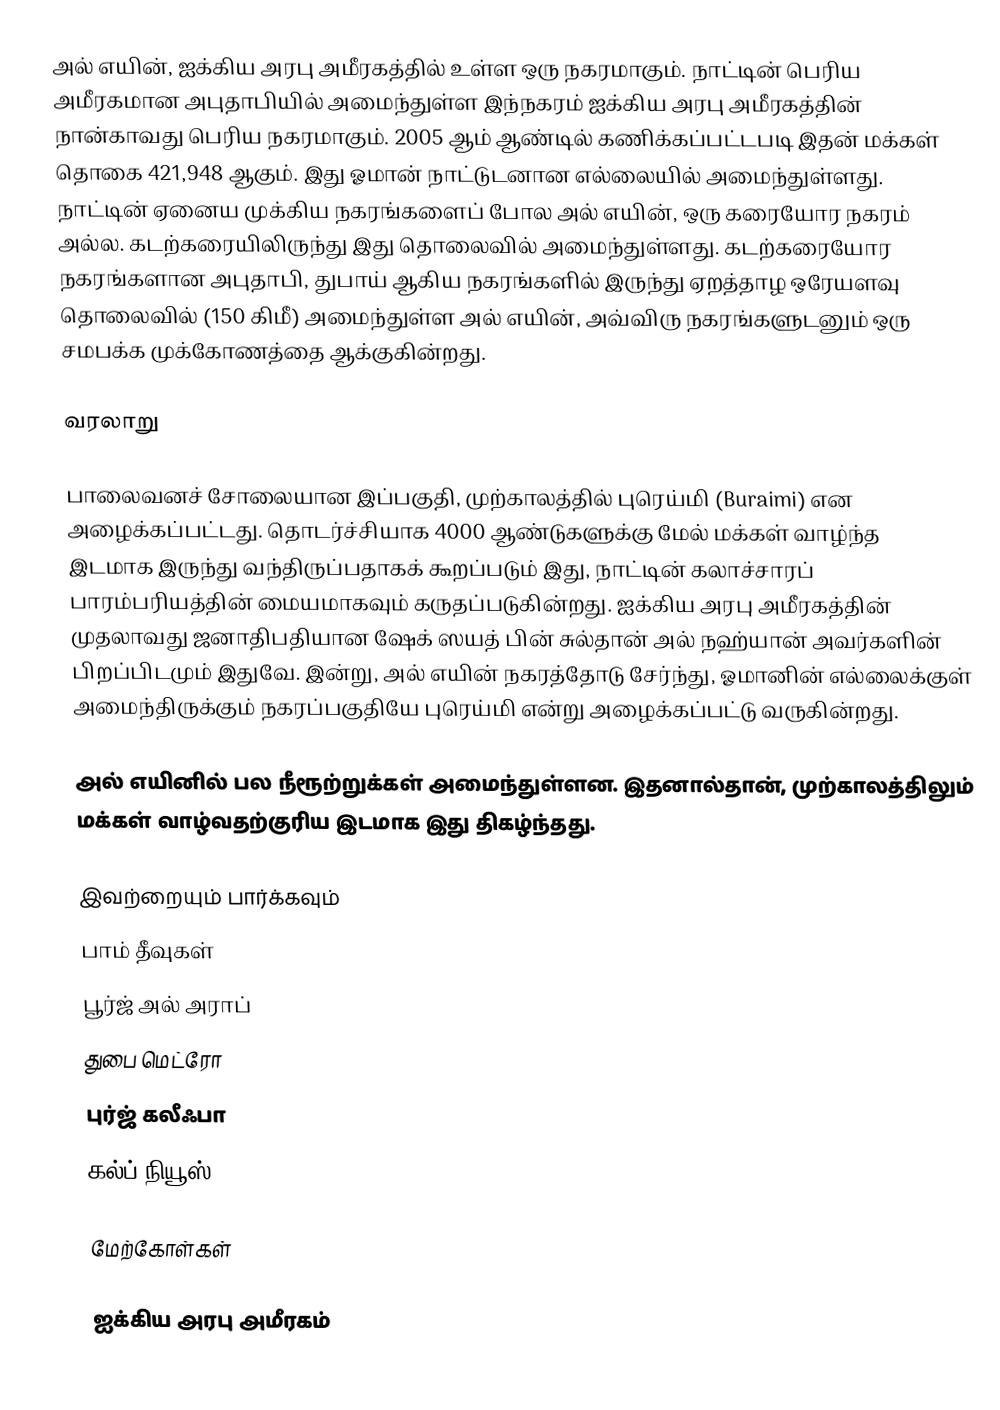
அல் எயின், ஐக்கிய அரபு அமீரகத்தில் உள்ள ஒரு நகரமாகும். நாட்டின் பெரிய அமீரகமான அபுதாபியில் அமைந்துள்ள இந்நகரம் ஐக்கிய அரபு அமீரகத்தின் நான்காவது பெரிய நகரமாகும். 2005 ஆம் ஆண்டில் கணிக்கப்பட்டபடி இதன் மக்கள் தொகை 421,948 ஆகும். இது ஓமான் நாட்டுடனான எல்லையில் அமைந்துள்ளது. நாட்டின் ஏனைய முக்கிய நகரங்களைப் போல அல் எயின், ஒரு கரையோர நகரம் அல்ல. கடற்கரையிலிருந்து இது தொலைவில் அமைந்துள்ளது. கடற்கரையோர நகரங்களான அபுதாபி, துபாய் ஆகிய நகரங்களில் இருந்து ஏறத்தாழ ஒரேயளவு தொலைவில் (150 கிமீ) அமைந்துள்ள அல் எயின், அவ்விரு நகரங்களுடனும் ஒரு சமபக்க முக்கோணத்தை ஆக்குகின்றது.

வரலாறு

பாலைவனச் சோலையான இப்பகுதி, முற்காலத்தில் புரெய்மி (Buraimi) என அழைக்கப்பட்டது.  தொடர்ச்சியாக 4000 ஆண்டுகளுக்கு மேல் மக்கள் வாழ்ந்த இடமாக இருந்து வந்திருப்பதாகக் கூறப்படும் இது, நாட்டின் கலாச்சாரப் பாரம்பரியத்தின் மையமாகவும் கருதப்படுகின்றது. ஐக்கிய அரபு அமீரகத்தின் முதலாவது ஜனாதிபதியான ஷேக் ஸயத் பின் சுல்தான் அல் நஹ்யான் அவர்களின் பிறப்பிடமும் இதுவே. இன்று, அல் எயின் நகரத்தோடு சேர்ந்து, ஓமானின் எல்லைக்குள் அமைந்திருக்கும் நகரப்பகுதியே புரெய்மி என்று அழைக்கப்பட்டு வருகின்றது.

அல் எயினில் பல நீரூற்றுக்கள் அமைந்துள்ளன. இதனால்தான், முற்காலத்திலும் மக்கள் வாழ்வதற்குரிய இடமாக இது திகழ்ந்தது.

இவற்றையும் பார்க்கவும்
 பாம் தீவுகள்
 பூர்ஜ் அல் அராப்
 துபை மெட்ரோ
 புர்ஜ் கலீஃபா
 கல்ப் நியூஸ்

மேற்கோள்கள்

 ஐக்கிய அரபு அமீரகம்